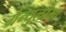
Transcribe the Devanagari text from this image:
ग्रैन्युलोमा